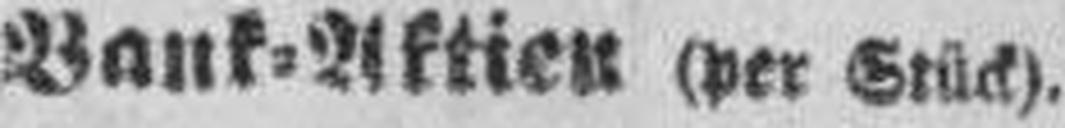
Bank-Aktien (per Stück).